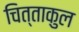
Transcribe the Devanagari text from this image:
चित्ताकुल